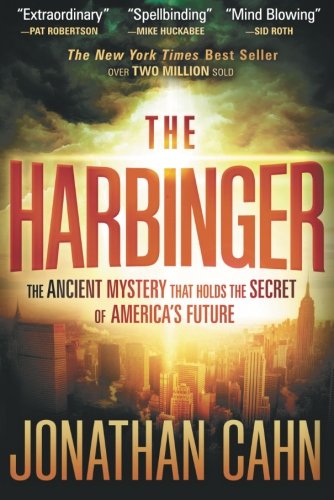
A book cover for The Harbinger: The Ancient Mystery that Holds the Secret of America's Future; Jonathan Cahn; Literature & Fiction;